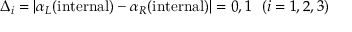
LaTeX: \Delta _ { i } = \vert \alpha _ { L } ( \mathrm { i n t e r n a l } ) - \alpha _ { R } ( \mathrm { i n t e r n a l } ) \vert = 0 , 1 ~ ~ ( i = 1 , 2 , 3 )